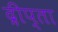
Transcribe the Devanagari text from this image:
द्रीप्ता